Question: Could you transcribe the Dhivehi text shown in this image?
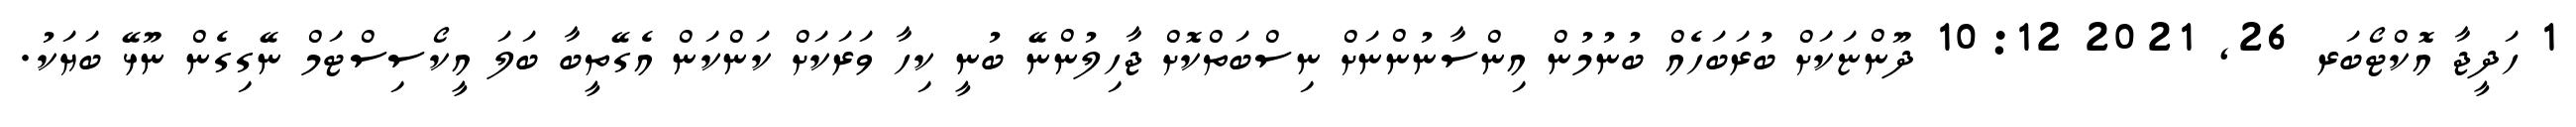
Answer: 1 ހަދީޖާ އޮކްޓޯބަރ 26, 2021 10:12 ދޫންޏަކަށް ބުރަބަހެއް ބުނުމުން އިންސާނުންނަށް ނިސްބަތްކޮށް ޖާހިލުންނޭ ބުނީ ކިހާ ވަރަކަށް ކަންކަން އެގޭތީބާ ބަލަ އީކޯސިސްޓަމް ނޭގިގެން ނޫޅޭ ބަޔަކު.